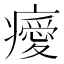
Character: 𤻅